Lunatic asylums Bombay report 1891-1903 - 1891-1903
Year: 1891
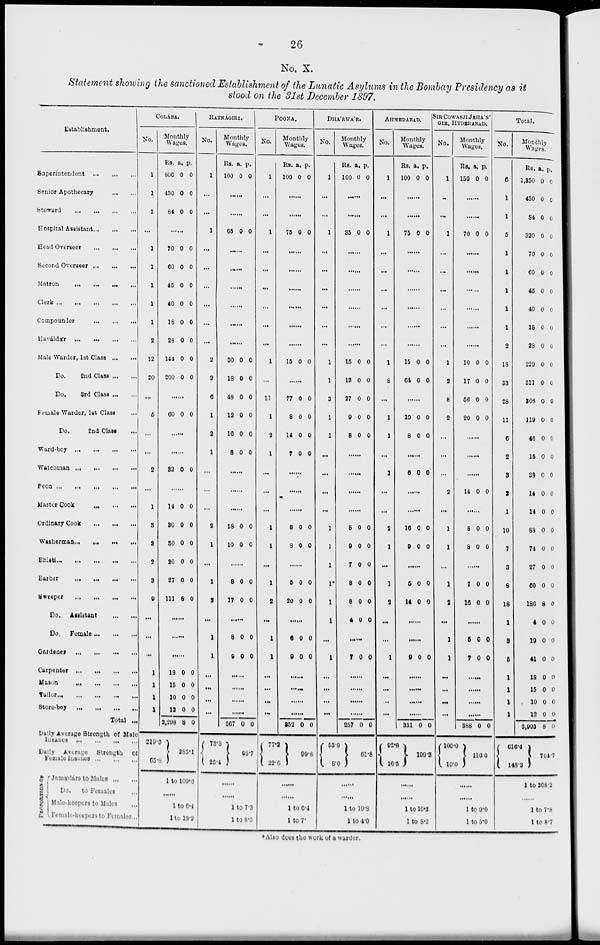
26
No. X.
Statement showing the sanctioned Establishment of the Lunatic Asylums in the Bombay Presidency as it
stood on the 31st December 1897.
Establishment.
Superintendent ... ... ...
Senior Apothecary ... ...
Steward ... ... ... ...
Hospital Assistant ... ... ...
Head Overseer ... ... ...
Second Overseer ... ... ...
Matron
...
... ... ...
Clerk ... ... ... ... ...
Compounder ... ... ...
Haváldár ... ... ... ...
Male Warder, 1st Class ... ...
Do.
2nd Class ... ...
Do. 3rd Class ... ...
Female Warder, 1st Class ...
Do.
2nd Class ...
Ward-boy ... ... ... ...
Watchman ... ... ... ...
Peon ... ... ... ... ...
Master Cook ... ... ...
Ordinary Cook ... ... ...
Washerman ... ... ... ...
Bhisti ... ... ... ... ...
Barber ... ...
...
...
Sweeper ... ... ... ...
Do. Assistant ... ...
Do.
Female ... ... ...
Gardener ... ... ... ...
Carpenter
Mason
...
... ... ...
Tailor... ... ... ... ...
Store-boy
... ... ... ...
Total ...
Daily Average Strength of Male
Insanes ... ... ... ...
Daily Average Strength of
Female Insanes ... ... ...
PROPORTION OF
Jamádárs to Males ... ...
Do.
to Females ...
Male-keepers to Males ...
Female-Keepers to Females...
COLÁBA.
No.
1
1
1
...
1
1
1
1
1
2
12
20
...
5
...
...
2
...
1
3
2
2
3
9
...
...
...
1
1
1
1
Monthly
Wages.
Rs.
800
430
84
a.
0
0
0
p.
0
0
0
......
70
60
45
40
18
28
144
200
0
0
0
0
0
0
0
0
0
0
0
0
0
0
0
0
......
60 0 0
......
......
32 0 0
14
30
30
20
27
111
0
0
0
0
0
8
0
0
0
0
0
0
......
......
18
15
10
12
2,298
219.3
65.8
0
0
0
0
8
0
0
0
0
0
285.1
1 to 109.6
......
1 to 6.4
1 to 13.2
RATNÁGIRI.
No.
1
...
...
1
...
...
...
...
...
...
2
2
6
1
2
1
...
...
...
2
1
...
1
2
...
1
1
...
...
...
...
Monthly
Wages.
Rs.
100
a.
0
p.
0
......
......
65
0
0
......
......
......
......
......
......
30
18
48
12
16
8
0
0
0
0
0
0
0
0
0
0
0
0
......
......
......
18
10
0
0
0
0
......
8
17
0
0
0
0
......
8
9
0
0
0
0
......
......
......
......
367
73.3
25.4
0 0
98.7
......
1 to7.3
1 to 8.5
POONA.
No.
1
...
...
1
...
...
...
...
...
...
1
...
11
1
2
1
...
...
...
1
1
...
1
2
...
1
1
...
...
...
...
Monthly
Wages.
Rs.
100
a.
0
p.
0
......
......
75 0 0
......
......
......
......
......
......
15 0 0
......
77
8
14
7
0
0
0
0
0
0
0
0
......
......
......
8
8
0
0
0
0
......
5
20
0
0
0
0
......
6
9
0
0
0
0
......
......
.
......
352
77.2
22.6
0 0
99.8
......
......
1 to 6.4
1 to 7.
DHA'RWA'R.
No.
1
...
...
1
...
...
...
...
...
...
1
1
3
1
1
...
...
...
...
1
1
1
1
1
1
...
1
...
...
...
...
Monthly
Wages.
Rs.
100
a.
0
p.
0
......
......
35 0
0
......
......
......
......
......
15
12
27
9
8
0
0
0
0
0
0
0
0
0
0
......
......
......
......
8
9
7
8
8
4
0
0
0
0
0
0
0
0
0
0
0
0
......
7
0 0
......
......
......
257
53.8
8.0
0 0
61.8
......
......
1 to 10.8
1 to 4.0
AHMEDABAD.
No.
1
...
...
1
...
...
...
...
...
...
1
8
...
1
1
...
1
...
...
2
1
...
1
2
...
...
1
...
...
...
...
Monthly
Wages.
Rs.
100
a.
0
p.
0
......
......
75 0 0
......
......
......
......
......
......
15
64
0
0
0
0
......
10
8
0
0
0
0
......
6 0 0
......
16
9
0
0
0
0
......
5
14
0
0
0
0
......
......
9 0 0
......
......
......
......
331
92.8
16.5
0
0
109.3
......
......
1 to 10.3
1 to 8.2
SIR COWASJI JEHA'N-
GIR, HYDERABAD.
No.
1
...
...
1
...
...
...
...
...
...
1
2
8
2
...
...
...
2
...
1
1
...
1
2
...
1
1
...
...
...
...
Monthly
Wages.
Rs.
150
a.
0
p.
0
......
......
70 0 0
......
......
......
......
......
......
10
17
56
20
0
0
0
0
0
0
0
0
......
......
......
14 0 0
......
8
8
0
0
0
0
......
7
16
0
0
0
0
......
5
7
0
0
0
0
......
......
......
388
100.0
10.0
0 0
110.0
......
......
1 to 9.0
1 to 5.0
Total.
No.
6
1
1
5
1
1
1
1
1
2
18
33
28
11
6
2
3
2
1
10
7
3
8
18
1
8
5
1
1
1
1
Monthly
Wages.
Rs.
1,350
430
84
320
70
60
45
40
18
28
229
311
208
119
46
15
38
14
14
88
74
27
60
186
4
19
41
18
15
10
12
3,993
616.4
148.3
a.
0
0
0
0
0
0
0
0
0
0
0
0
0
0
0
0
0
0
0
0
0
0
0
8
0
0
0
0
0
0
0
8
p.
0
0
0
0
0
0
0
0
0
0
0
0
0
0
0
0
0
0
0
0
0
0
0
0
0
0
0
0
0
0
0
0
764.7
1 to 308.2
......
1 to 7.8
1 to 8.7
* Also does the work of a warder.